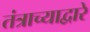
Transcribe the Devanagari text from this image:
तंत्राच्याद्वारे